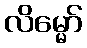
လိမ္မော်